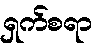
ရှက်စရာ